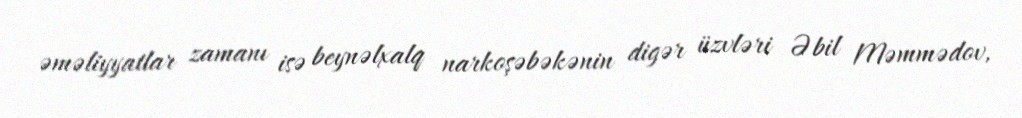
əməliyyatlar zamanı isə beynəlxalq narkoşəbəkənin digər üzvləri Əbil Məmmədov,